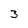
Character: 3